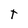
Character: t